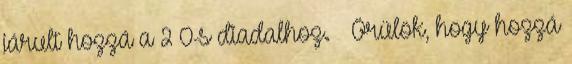
járult hozzá a 2–0-s diadalhoz. – Örülök, hogy hozzá